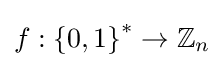
\textstyle f:\left\{0,1\right\}^{*}\rightarrow \mathbb {Z} _{n}